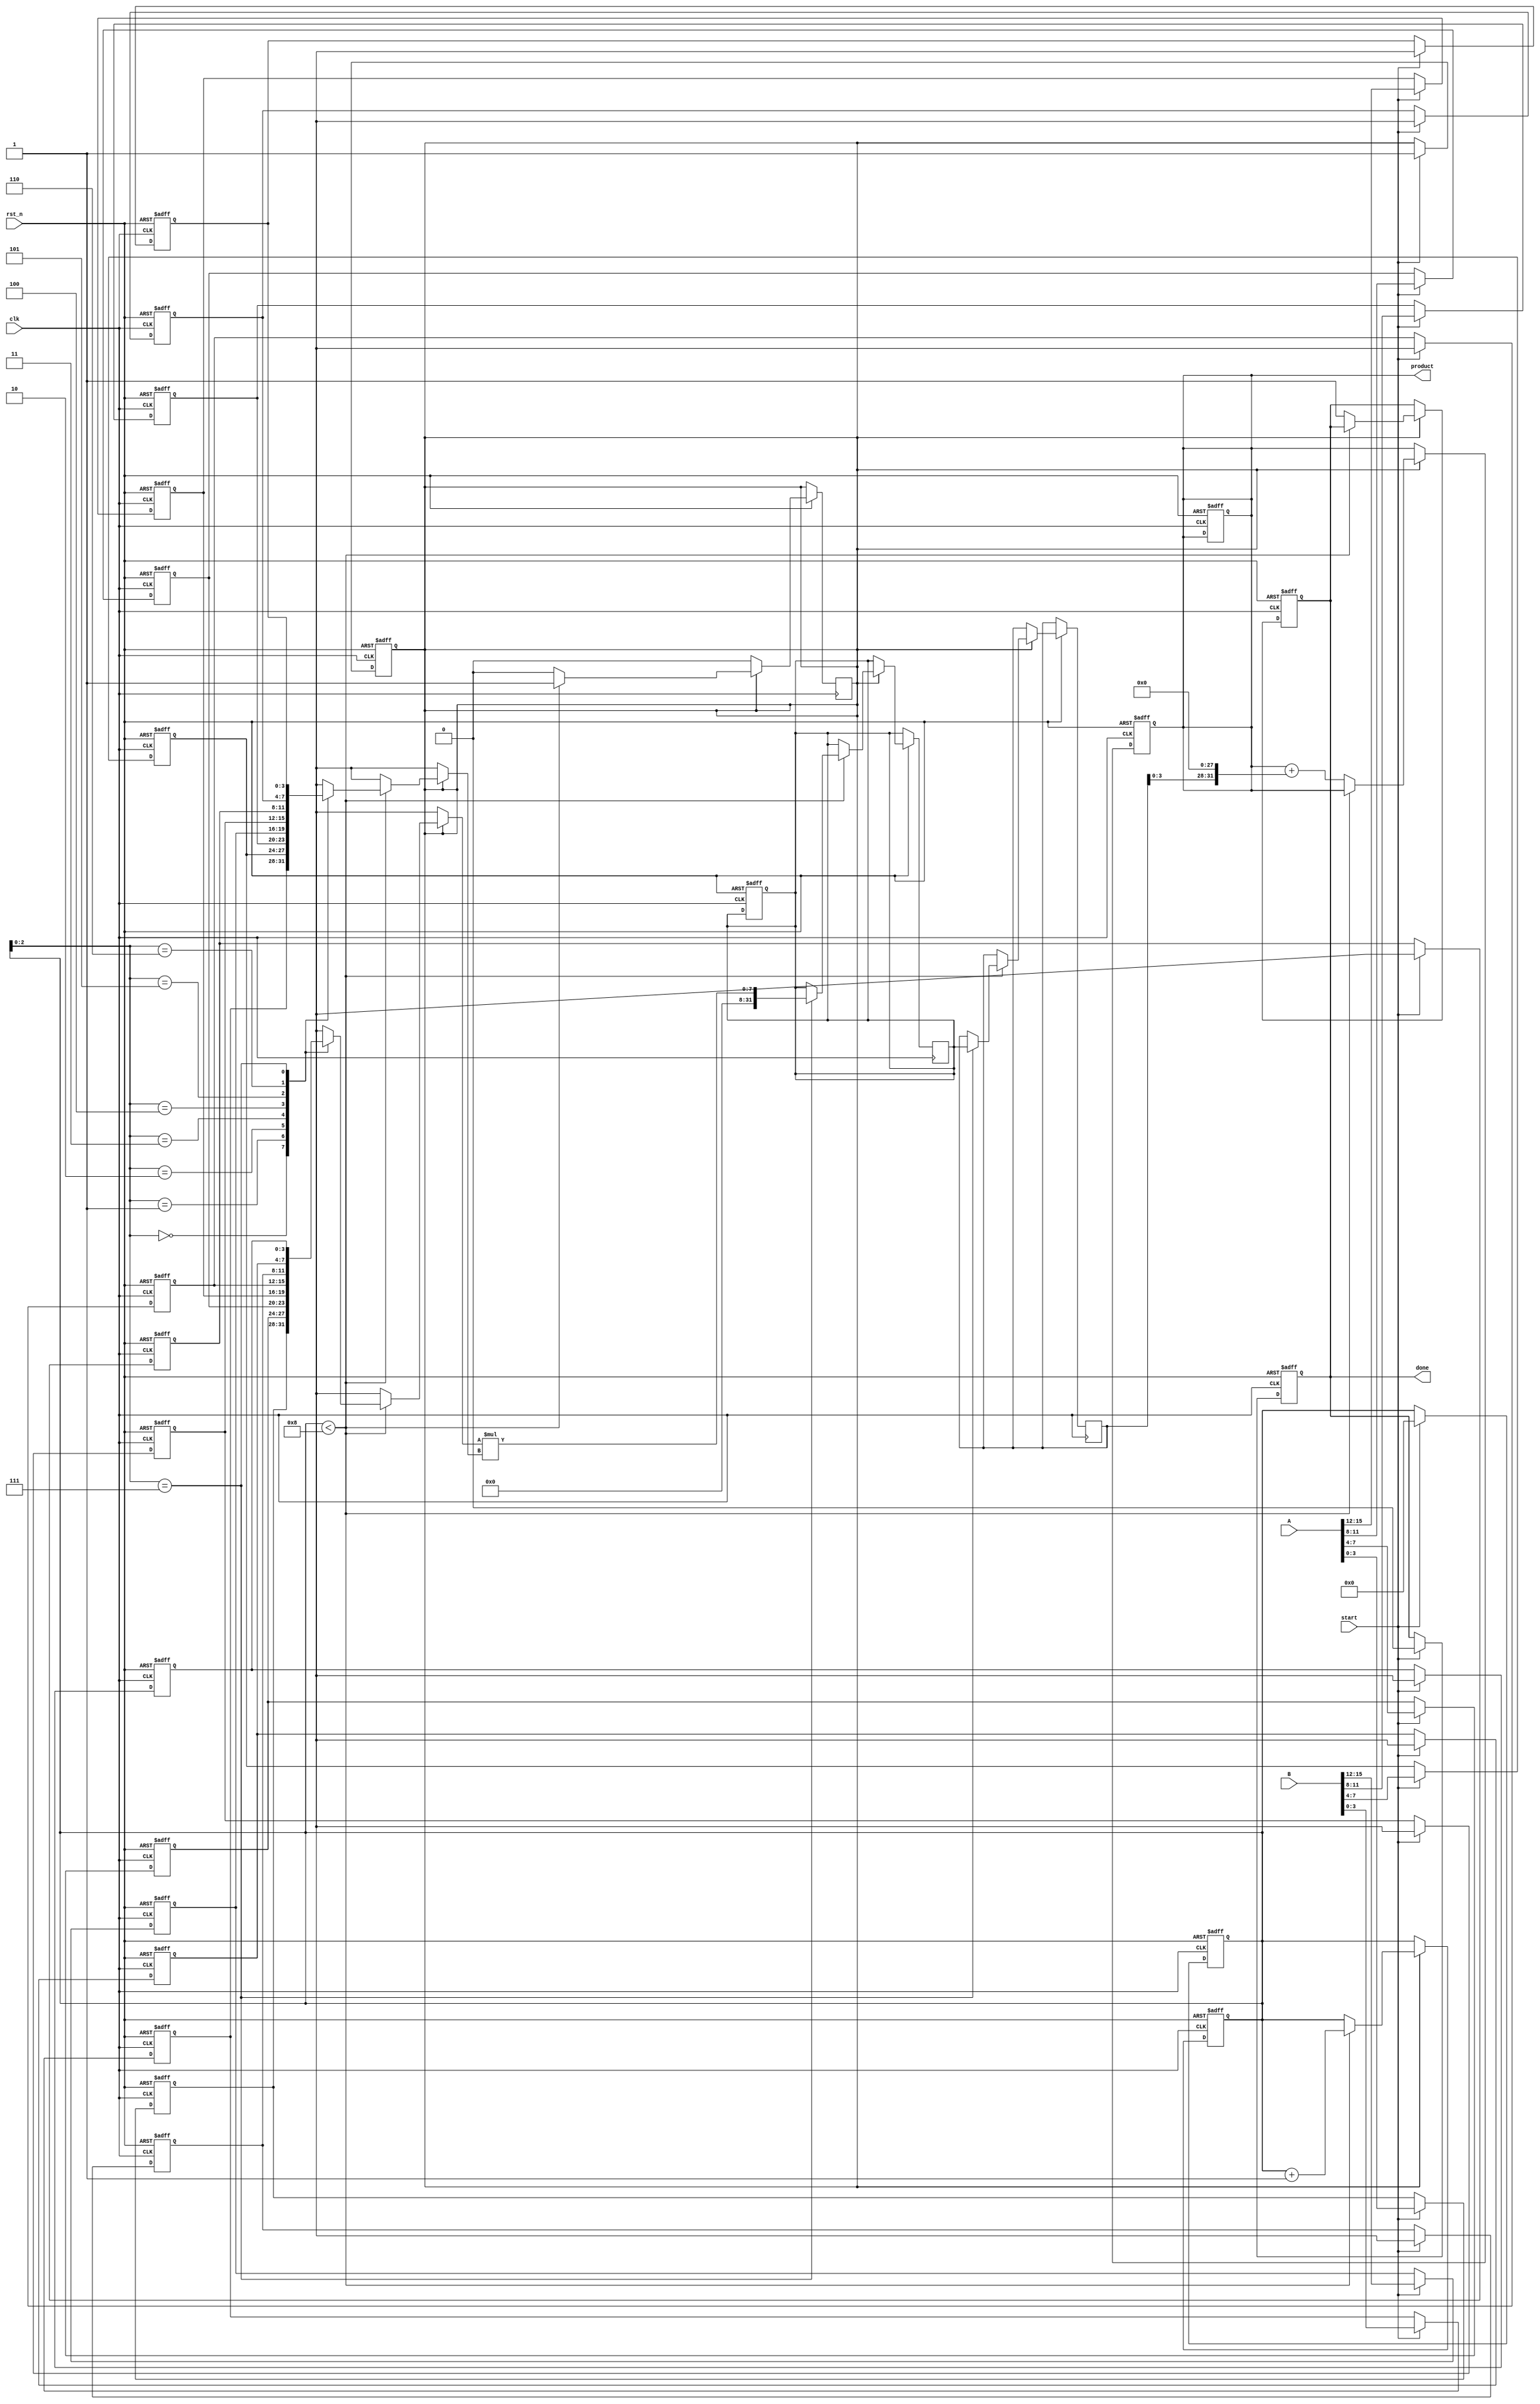
module pipelined_sliced_multiplier #(
    parameter A_WIDTH = 16,   // Width of operand A
    parameter B_WIDTH = 16,   // Width of operand B
    parameter SLICE_WIDTH = 4  // Width of each slice
)(
    input clk,
    input rst_n,
    input start,
    input [A_WIDTH-1:0] A,
    input [B_WIDTH-1:0] B,
    output reg [A_WIDTH + B_WIDTH - 1:0] product,
    output reg done
);

// Calculate the number of slices
localparam NUM_SLICES = (A_WIDTH / SLICE_WIDTH) + (B_WIDTH / SLICE_WIDTH);

// Internal signals
reg [SLICE_WIDTH-1:0] A_slices[0:NUM_SLICES-1];
reg [SLICE_WIDTH-1:0] B_slices[0:NUM_SLICES-1];
reg [A_WIDTH + B_WIDTH - 1:0] partial_products[0:NUM_SLICES-1];
reg [A_WIDTH + B_WIDTH - 1:0] pipeline_registers[0:NUM_SLICES-1];
reg [3:0] stage_counter;
reg processing;

integer i;

// Slice the input operands
always @(posedge clk or negedge rst_n) begin
    if (!rst_n) begin
        for (i = 0; i < NUM_SLICES; i = i + 1) begin
            A_slices[i] <= 0;
            B_slices[i] <= 0;
            partial_products[i] <= 0;
        end
        stage_counter <= 0;
        product <= 0;
        done <= 0;
        processing <= 0;
    end else if (start) begin
        for (i = 0; i < NUM_SLICES; i = i + 1) begin
            A_slices[i] <= A[(i * SLICE_WIDTH) +: SLICE_WIDTH];
            B_slices[i] <= B[(i * SLICE_WIDTH) +: SLICE_WIDTH];
        end
        stage_counter <= 0;
        processing <= 1;
        done <= 0;
    end
end

// Pipeline processing
always @(posedge clk or negedge rst_n) begin
    if (!rst_n) begin
        stage_counter <= 0;
        product <= 0;
        done <= 0;
    end else if (processing) begin
        // Generate partial products and shift them into the pipeline
        if (stage_counter < NUM_SLICES) begin
            partial_products[stage_counter] <= A_slices[stage_counter] * B_slices[stage_counter];
            pipeline_registers[stage_counter] <= partial_products[stage_counter];
            stage_counter <= stage_counter + 1;
        end else begin
            // Accumulate the results
            product <= product + pipeline_registers[0];
            for (i = 1; i < NUM_SLICES; i = i + 1) begin
                product <= product + (pipeline_registers[i] << (i * SLICE_WIDTH));
            end
            done <= 1;
            processing <= 0; // Stop processing after the last slice
        end
    end
end

endmodule